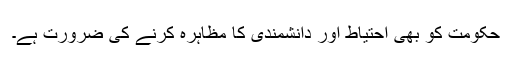
حکومت کو بھی احتیاط اور دانشمندی کا مظاہرہ کرنے کی ضرورت ہے۔